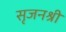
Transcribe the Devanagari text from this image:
सृजनश्री